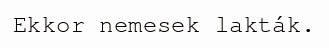
Ekkor nemesek lakták.